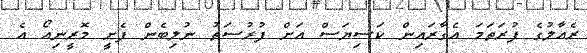
ރެއާލުގެ ފުރަތަމަ އެގާރައިން ކަސިޔަސް އަށް ފުރުސަތު ނުލިބެން ފެށީ މޮރީނިއޯ އެ